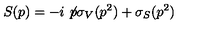
S ( p ) = - i \not \! p \sigma _ { V } ( p ^ { 2 } ) + \sigma _ { S } ( p ^ { 2 } )